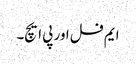
ایم فل اور پی ایچ۔